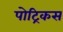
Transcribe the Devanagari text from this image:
पोट्रिकस